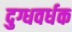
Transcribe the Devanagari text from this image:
दुग्धवर्धक